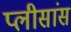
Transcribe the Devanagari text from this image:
प्लीसांस